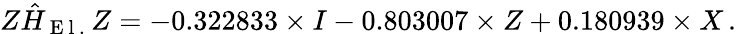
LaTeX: Z\hat{H}_{\mathrm{~E~l~.~}}Z=-0.322833\times I-0.803007\times Z+0.180939\times X\, .